Plague in India, 1896, 1897 - Volume 3
Year: 1896
Disease focus: Plague
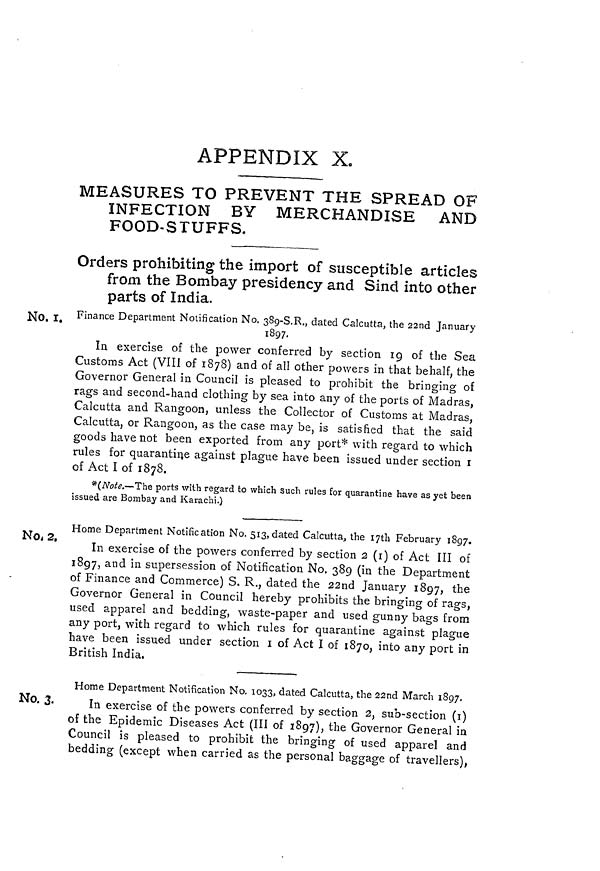
APPENDIX X.
MEASURES TO PREVENT THE SPREAD OF
INFECTION BY MERCHANDISE AND
FOOD-STUFFS.
Orders prohibiting the import of susceptible articles
from the Bombay presidency and Sind into other
parts of India.
No. i. Finance Department Notification No. 389-8.R., dated Calcutta, the 22nd January
1897.
In exercise of the power conferred by section 19 of the Sea
Customs Act (VIII of 1878) and of all other powers in that behalf, the
Governor General in Council is pleased to prohibit the bringing of
rags and second-hand clothing by sea into any of the ports of Madras,
Calcutta and Rangoon, unless the Collector of Customs at Madras,
Calcutta, or Rangoon, as the case may be, is satisfied that the said
goods have not been exported from any port* with regard to which
rules for quarantine against plague have been issued under section i
of Act I of 1878.
*(Note.—The ports with regard to which such rules for quarantine have as yet been
issued are Bombay and Karachi.)
NO, 2,
Home Department Notification No. 513, dated Calcutta, the ijtli February 1897.
In exercise of the powers conferred by section 2 (i) of Act III of
1897, and in supersession of Notification No. 389 (in the Department
of Finance and Commerce) S. R., dated the 22nd January 1897, the
Governor General in Council hereby prohibits the bringing of rags,
used apparel and bedding, waste-paper and used gunny bags from
any port, with regard to which rules for quarantine against plague
have been issued under section i of Act I of 1870, into any port in
British India,
No. 3.
Home Department Notification No. 1033, dated Calcutta, the 22nd March 1897.
In exercise of the powers conferred by section 2, sub-section (i)
of the Epidemic Diseases Act (III of 1897), the Governor General in
Council is pleased to prohibit the bringing of used apparel and
bedding (except when carried as the personal baggage of travellers),